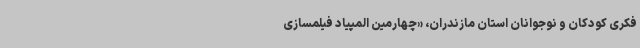
فکری کودکان و نوجوانان استان مازندران، «چهارمین المپیاد فیلمسازی